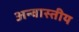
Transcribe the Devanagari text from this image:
अन्वास्तीय